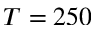
T = 2 5 0